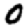
Digit: 0